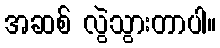
အဆစ် လွဲသွားတာပါ။